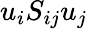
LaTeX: u_{i}S_{ij}u_{j}